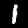
Digit: 1